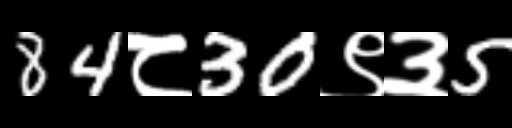
Text: 84८30९३5